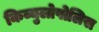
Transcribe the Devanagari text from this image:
किव्युलोपोलिस